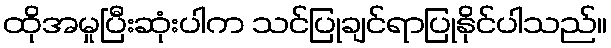
ထိုအမှုပြီးဆုံးပါက သင်ပြုချင်ရာပြုနိုင်ပါသည်။